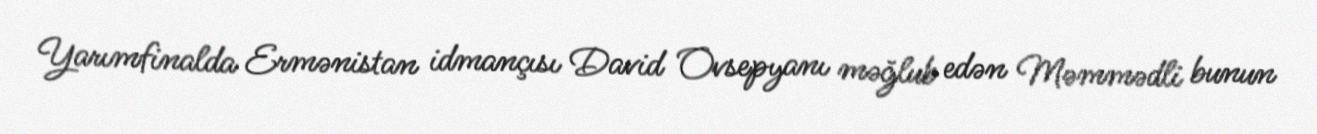
Yarımfinalda Ermənistan idmançısı David Ovsepyanı məğlub edən Məmmədli bunun